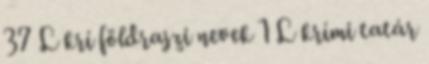
37 L krí földrajzi nevek‎ 1 L krími tatár